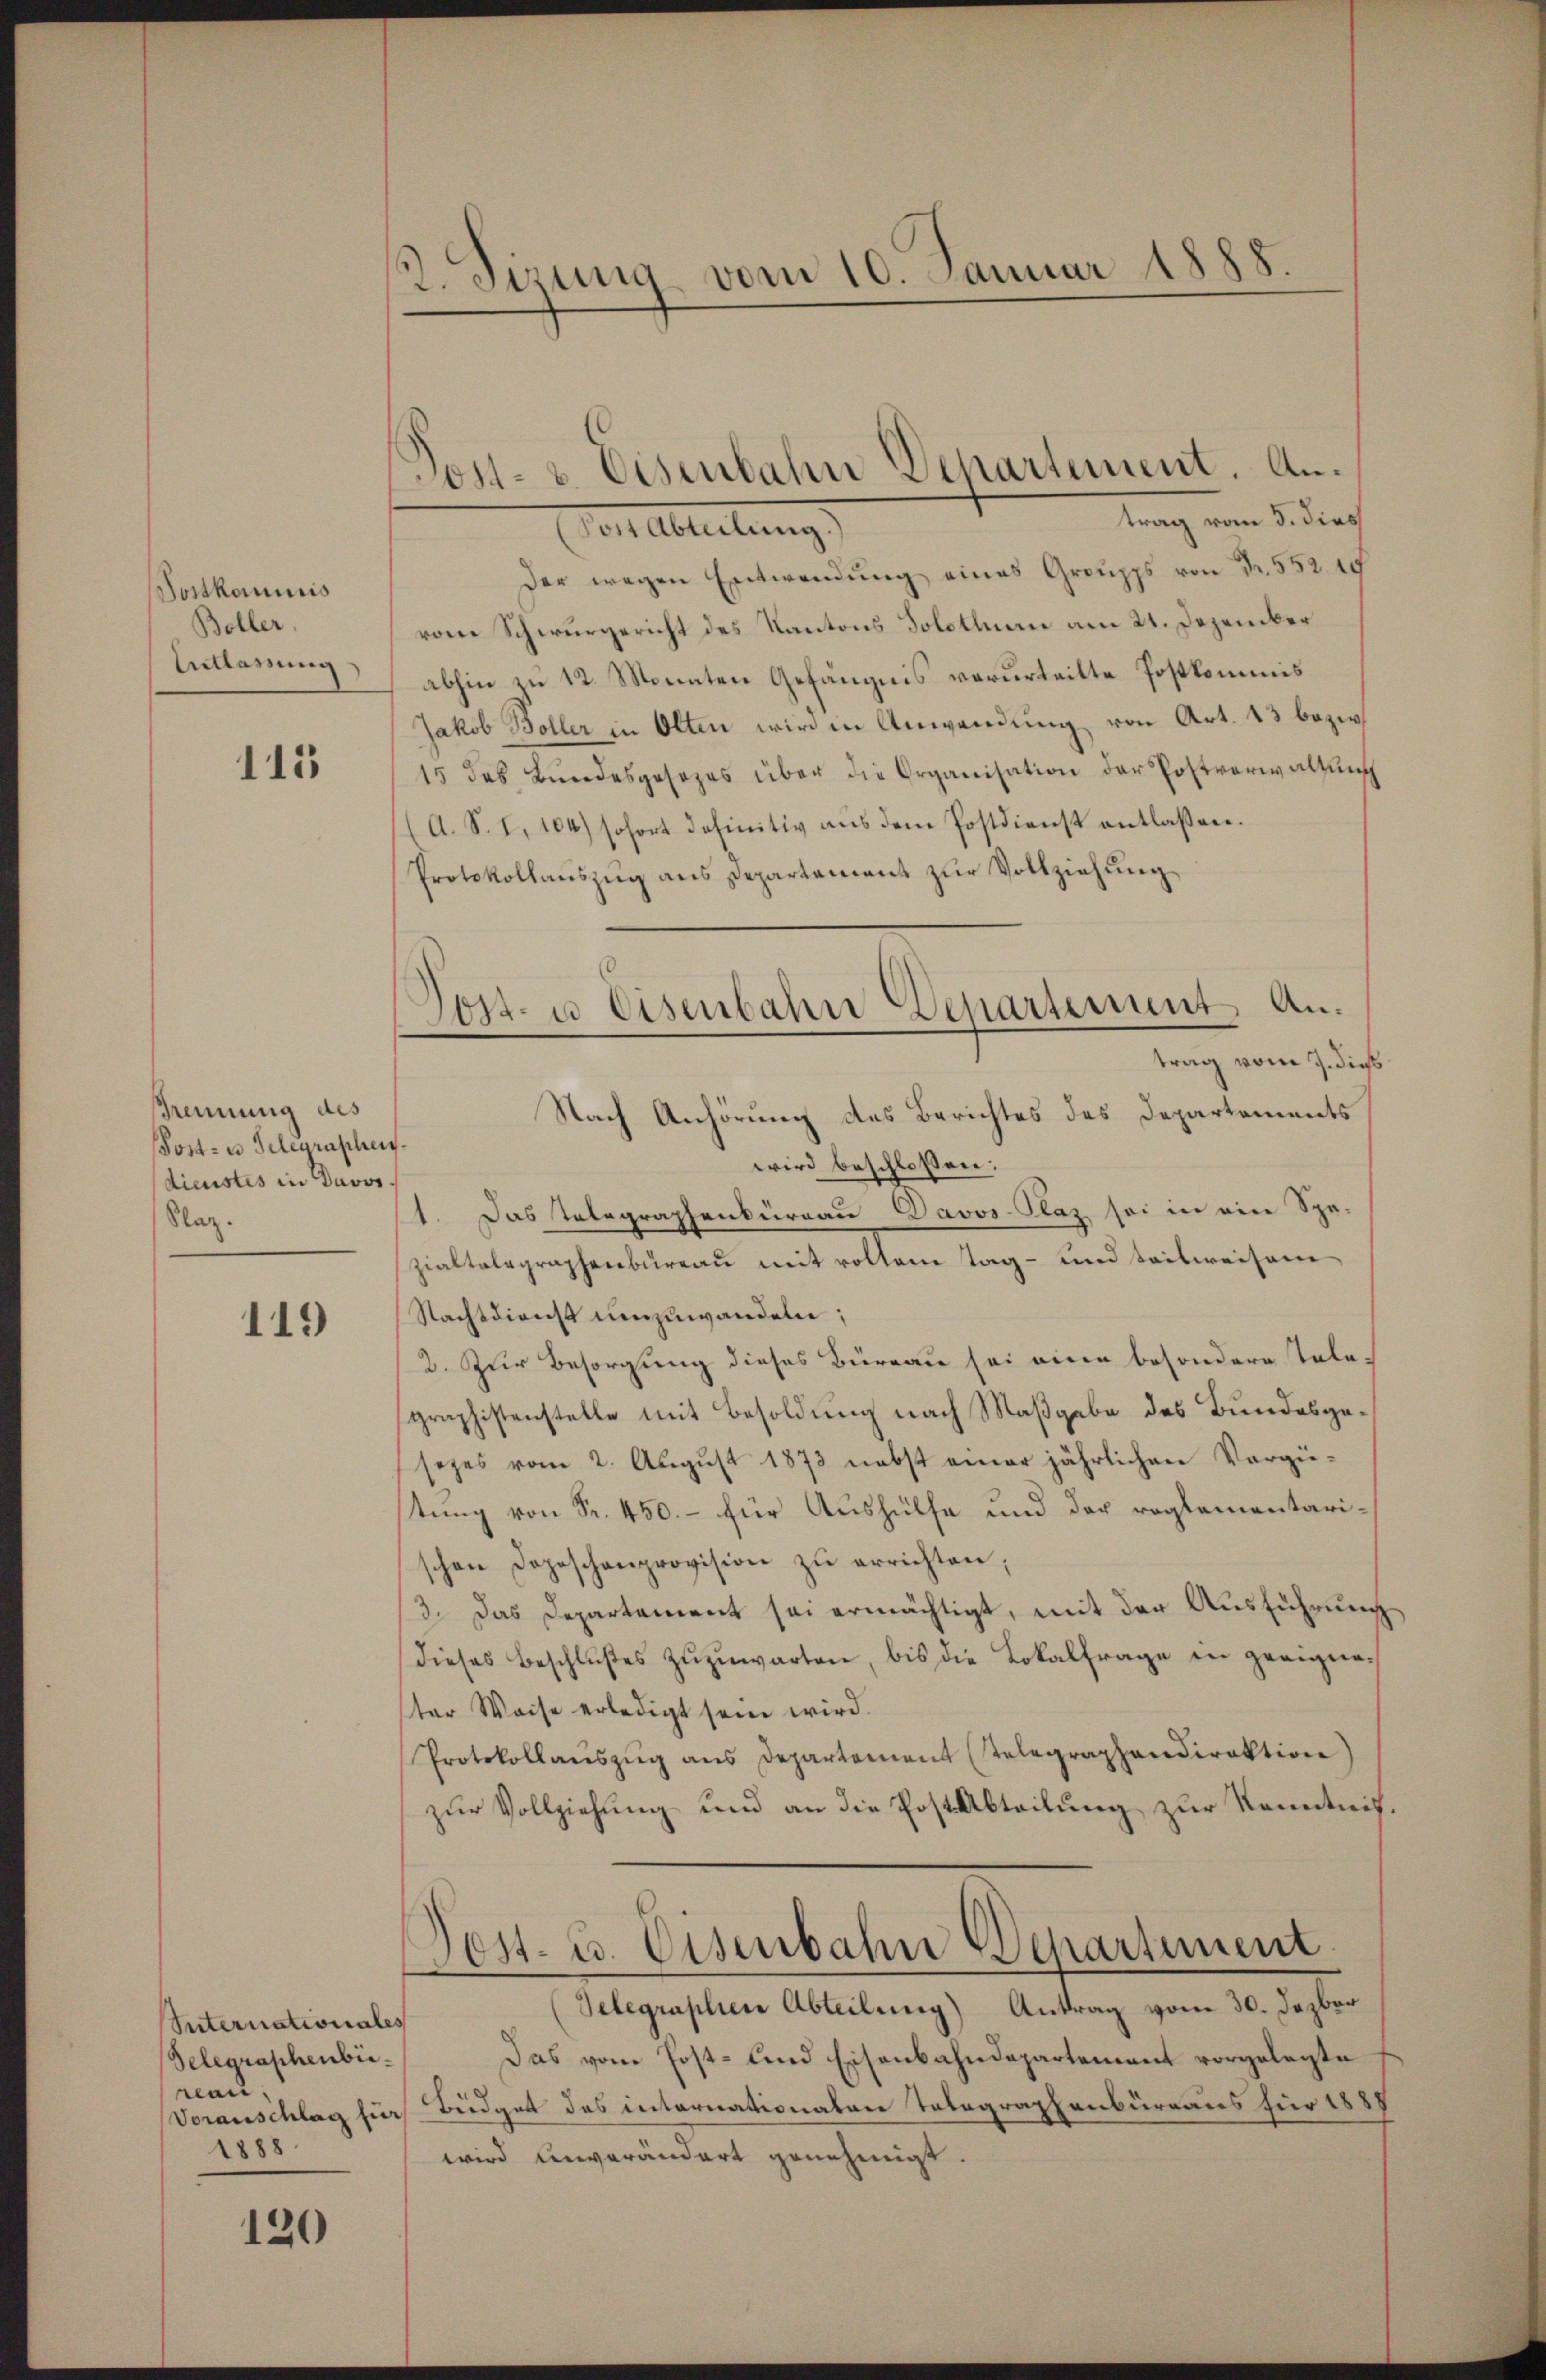
Postkommis
Boller,
Entlassung

115

Trennung des
Post- u Gelegraphen.
dienstes in Davos.
Klaz.

119

Sinternationales
Delegraphenbiereau,
1888

120

13. Sizung vom 10. Januar 1888.

trag vom 5. dies
Vor Abteilung
Der wegen Entwendung eines Groupps von Fr. 552. 15
vone Schwurgericht des Kantons Solothurn am 21. Dezember
abhin zu 12. Monaten Gefängnis verurteilte Postkommis
Jakob Boller in Olten wird in Anwendung von Art. 13 bezw.
15 des Bundesgesezes über die Organisation der Postverwaltung
A. S. I, 104) sofort definitiv aus dem Postdienst entlassen.
Protokollauszug aus Departement zur Vollziehung
trag vom 7. dies
Nach Anhörung des Berichtes des Departements
wird beschlossen:
1. Das Telegraphenbureau Davos-Plaz sei in ein Spe-
zialtalegraphenbureau mit vollem Tag- und teilweisen
Nachtdienst umzuwanden;
2. Zur Besorgung dieses Büreau sei eine besondere Tele-
graphistenstelle mit Besoldung nach Maßgabe des Bundesgesezes vom 2. August 1873 nebst einer jährlichen Vergüstung von Fr. 450. – für Aushülfe und der reglementarischen Depeschenprovision zŭ errichten;
3. Das Departement sei ermächtigt, mit der Ausführung
dieses Beschlŭβes zŭzŭwarten, bis die Lokalfrage in geeignester Weise erledigt sein wird.
Protokollaŭszŭg ans Departement (Telegraphendirektion)
zur Vollziehung und an die Post Abteilung zur Kenntnißost- u. Eisenbahn Departement.
Selegraphien Abteilung) Antrag vom 30. Dezbar
Das vom Post- und Eisenbahndepartement vorgelegte
Voranschlag für Büdget das internationaten Telegraphenbureaus für 1887
wird unverändert genehmigt.

Post- u. Eisenbahn Departement. An¬

Dost- u Eisenbahn Departement An¬